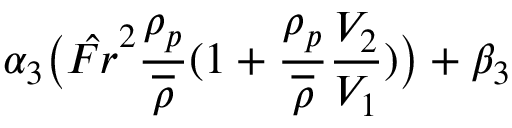
\alpha _ { 3 } \big ( \hat { F r } ^ { 2 } \frac { \rho _ { p } } { \overline { { \rho } } } ( 1 + \frac { \rho _ { p } } { \overline { { \rho } } } \frac { V _ { 2 } } { V _ { 1 } } ) \big ) + \beta _ { 3 }